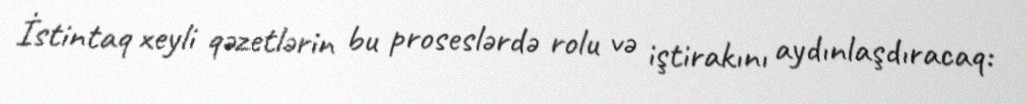
İstintaq xeyli qəzetlərin bu proseslərdə rolu və iştirakını aydınlaşdıracaq: